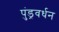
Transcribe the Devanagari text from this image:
पुंड्रवर्धन